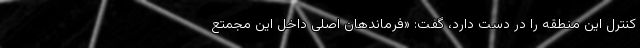
کنترل این منطقه را در دست دارد، گفت: «فرماندهان اصلی داخل این مجمتع